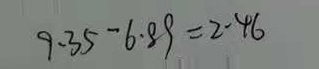
9 \cdot 3 5 - 6 \cdot 8 9 = 2 \cdot 4 6